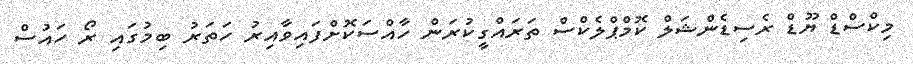
މިކްސްޑް ޔޫޑް ރެސިޑެންޝަލް ކޮމްޕްލެކްސް ތަރައްގީކުރަން ހާއްސަކޮށްފައިވާއިރު ހަތަރު ބިމުގައި ރޯ ހައުސް